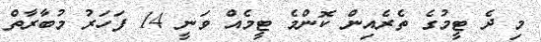
މި ދެ ޓީމުގެ ތެރެއިން ކޮންމެ ޓީމެއް ވަނީ 14 ފަހަރު މުބާރާތް